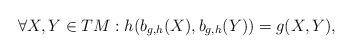
LaTeX: \begin{align*}\forall X, Y \in TM: h(b_{g,h}(X),b_{g,h}(Y)) = g (X,Y),\end{align*}